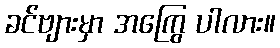
ခင်ဗျားမှာ အကြွေ ပါလား။